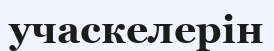
учаскелерін